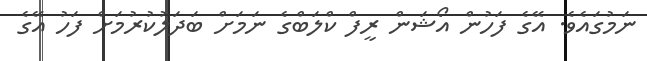
ނަމުގައެވެ. އޭގެ ފަހުން އޯޝަން ރީފް ކްލަބްގެ ނަމަށް ބަދަލުކުރުމަށް ފަހު އޭގެ